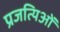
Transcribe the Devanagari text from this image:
प्रजत्यिओं